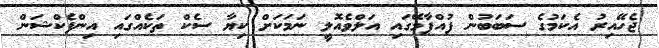
ޖެހޭއިރު އެކަމުގެ ސަބަބުން ފުއްޕާމޭގައި އަލްވެއޮލީ ނަމަކަށް ކިޔާ ސެކް ތަކެއްގައި އިންފެކްޝަން